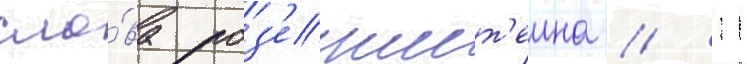
сло́ва роз'еншт'еина // 11